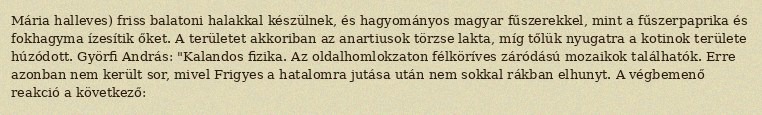
Mária halleves) friss balatoni halakkal készülnek, és hagyományos magyar fűszerekkel, mint a fűszerpaprika és fokhagyma ízesítik őket. A területet akkoriban az anartiusok törzse lakta, míg tőlük nyugatra a kotinok területe húzódott. Györfi András: "Kalandos fizika. Az oldalhomlokzaton félköríves záródású mozaikok találhatók. Erre azonban nem került sor, mivel Frigyes a hatalomra jutása után nem sokkal rákban elhunyt. A végbemenő reakció a következő: